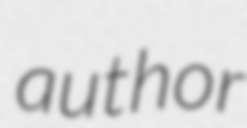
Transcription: author